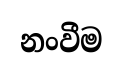
නංවීම